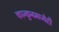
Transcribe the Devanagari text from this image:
कान्कुनमध्येही